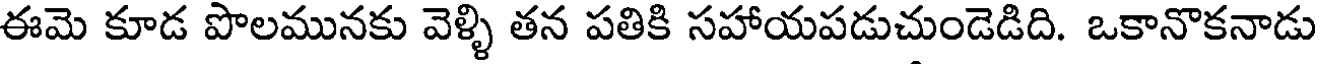
ఈమె కూడ పొలమునకు వెళ్ళి తన పతికి సహాయపడుచుండెడిది. ఒకానొకనాడు